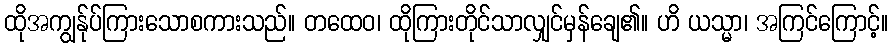
ထိုအကျွန်ုပ်ကြားသောစကားသည်။ တထေဝ၊ ထိုကြားတိုင်သာလျှင်မှန်ချေ၏။ ဟိ ယသ္မာ၊ အကြင်ကြောင့်။